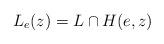
LaTeX: \begin{align*}L_e(z)=L\cap H(e,z)\end{align*}